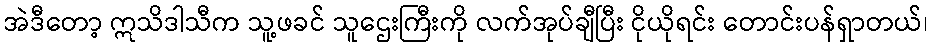
အဲဒီတော့ ဣသိဒါသီက သူ့ဖခင် သူဌေးကြီးကို လက်အုပ်ချီပြီး ငိုယိုရင်း တောင်းပန်ရှာတယ်၊